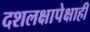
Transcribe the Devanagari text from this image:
दशलक्षापेक्षाही